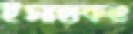
ইসাহাকও